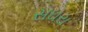
સઘરા